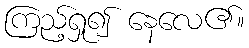
ကြည့်ရှု၍ နေလေ၏။